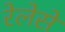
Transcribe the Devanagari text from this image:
रेलेसे